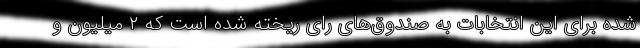
شده برای این انتخابات به صندوق‌های رای ریخته شده است که ۲ میلیون و